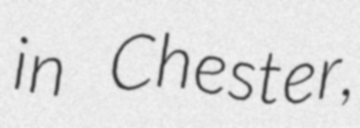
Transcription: in Chester,